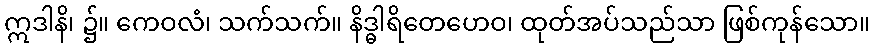
ဣဒါနိ၊ ၌။ ကေဝလံ၊ သက်သက်။ နိဒ္ဓါရိတေဟေဝ၊ ထုတ်အပ်သည်သာ ဖြစ်ကုန်သော။